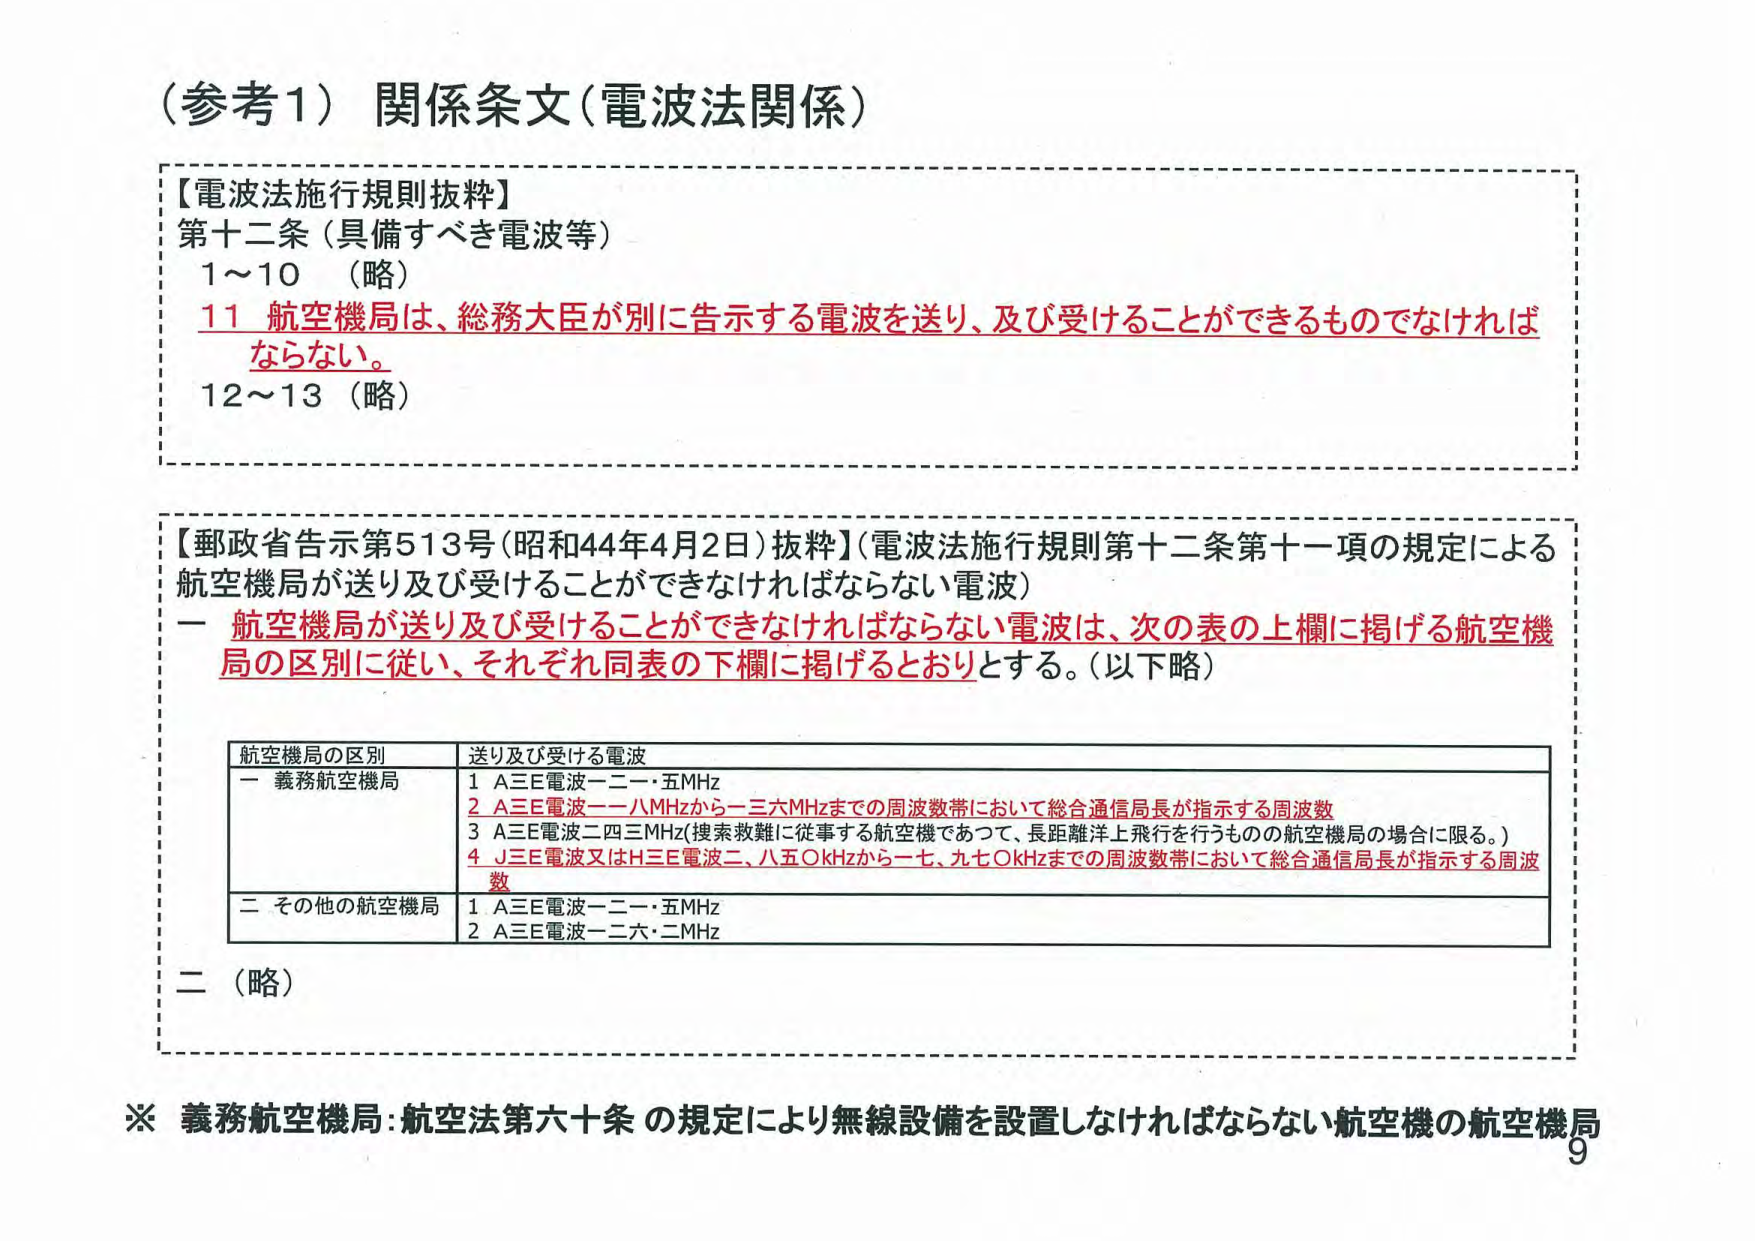
（参考1）関係条文（電波法関係）

【電波法施行規則抜粋】
第十二条（具備すべき電波等）
1～10 （略）
11 航空機局は、総務大臣が別に告示する電波を送り、及び受けることができるものでなければ
ならない。
12～13 （略）

【郵政省告示第513号（昭和44年4月2日）抜粋】（電波法施行規則第十二条第十一項の規定による
航空機局が送り及び受けることができなければならない電波）
一 航空機局が送り及び受けることができなければならない電波は、次の表の上欄に掲げる航空機
局の区別に従い、それぞれ同表の下欄に掲げるとおりとする。（以下略）

航空機局の区別 送り及び受ける電波
一 義務航空機局 1 A三E電波一二一・五MHz
2 A三E電波一一八MHzから一三六MHzまでの周波数帯において総合通信局長が指示する周波数
3 A三E電波二四三MHz（捜索救難に従事する航空機であつて、長距離洋上飛行を行うものの航空機局の場合に限る。）
4 J三E電波又はH三E電波二、八五〇KHzから一七、九七〇KHzまでの周波数帯において総合通信局長が指示する周波
数
二 その他の航空機局 1 A三E電波一二一・五MHz
2 A三E電波一二六・二MHz

二 （略）

※ 義務航空機局：航空法第六十条の規定により無線設備を設置しなければならない航空機の航空機局
9